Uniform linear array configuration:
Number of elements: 48
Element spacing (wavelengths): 0.5
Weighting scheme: hamming
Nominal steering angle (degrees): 30
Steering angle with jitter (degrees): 31.574
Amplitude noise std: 0.05
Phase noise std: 0.05

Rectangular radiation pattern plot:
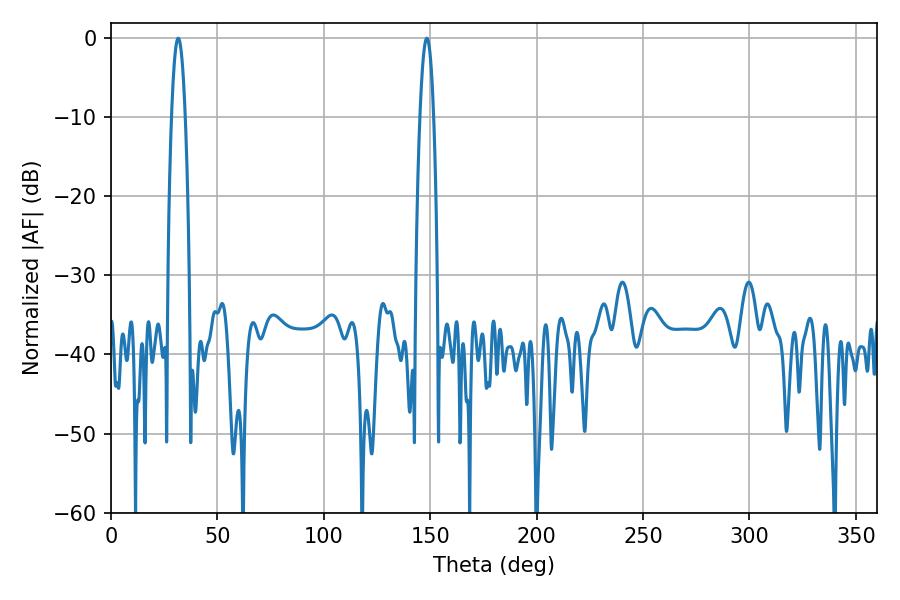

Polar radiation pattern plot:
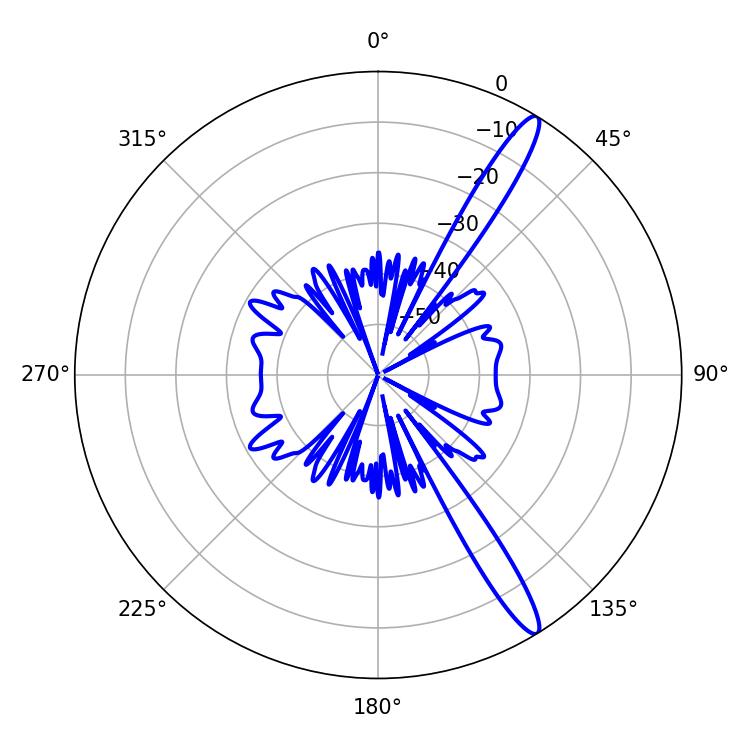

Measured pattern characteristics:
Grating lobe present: FALSE
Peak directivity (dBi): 14.534
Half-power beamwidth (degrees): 3.42
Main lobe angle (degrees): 148.5